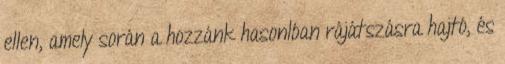
ellen, amely során a hozzánk hasonlóan rájátszásra hajtó, és